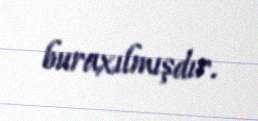
buraxılmışdır.